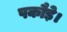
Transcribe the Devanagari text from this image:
पकौड़े।